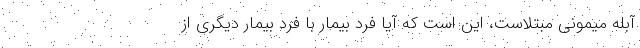
آبله میمونی مبتلاست، این است که آیا فرد بیمار با فرد بیمار دیگری از